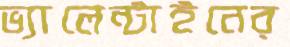
ভ্যালেন্টাইনের